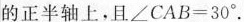
的正半轴上，且\angle CAB=30^{\circ}.